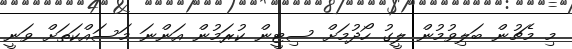
މި މެޗުން ބަލިވުމުން ލީގު ހޯދުމަށް ސިޓީން ކުރަމުން އަންނަ މަސައްކަތަށް ވަނީ